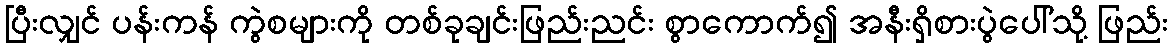
ပြီးလျှင် ပန်းကန် ကွဲစများကို တစ်ခုချင်းဖြည်းညင်း စွာကောက်၍ အနီးရှိစားပွဲပေါ်သို့ ဖြည်း